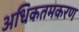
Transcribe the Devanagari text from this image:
अधिकतमकरण